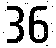
36